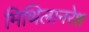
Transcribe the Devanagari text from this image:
मिथिलानरेश